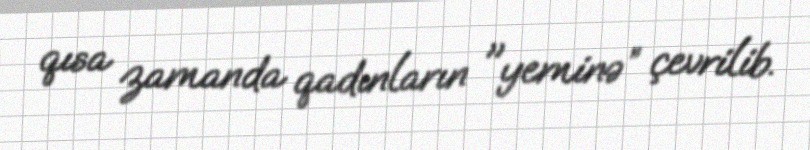
qısa zamanda qadınların "yeminə” çevrilib.